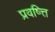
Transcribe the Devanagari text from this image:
प्रवष्त्ति